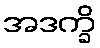
အဒက္ခိ